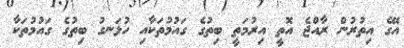
އޭގެ އިތުރުން ރާއްޖެ އޮތީ އިރުމަތީ ބިތުގެ ގައުމުތަކާއި ހުޅަނގު ބިތުގެ ގައުމުތަކާ